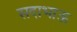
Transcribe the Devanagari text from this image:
सदाभाऊ